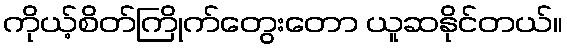
ကိုယ့်စိတ်ကြိုက်တွေးတော ယူဆနိုင်တယ်။